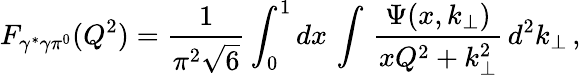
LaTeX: F_{\gamma^{*}\gamma\pi^{0}}(Q^{2})=\frac 1{\pi^{2}\sqrt{6}}\int_{0}^{1}dx\, \int\, \frac{\Psi(x,k_{\perp})}{xQ^{2}+k_{\perp}^{2}}\, d^{2}k_{\perp}\, ,